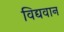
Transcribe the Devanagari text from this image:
विद्यवान